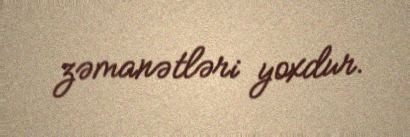
zəmanətləri yoxdur.